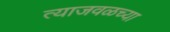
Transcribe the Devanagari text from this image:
त्याजवळच्या